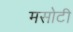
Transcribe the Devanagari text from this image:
मसोटी